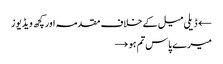
← ڈیلی میل کے خلاف مقدمہ اور کچھ ویڈیوز
میرے پاس تم ہو →